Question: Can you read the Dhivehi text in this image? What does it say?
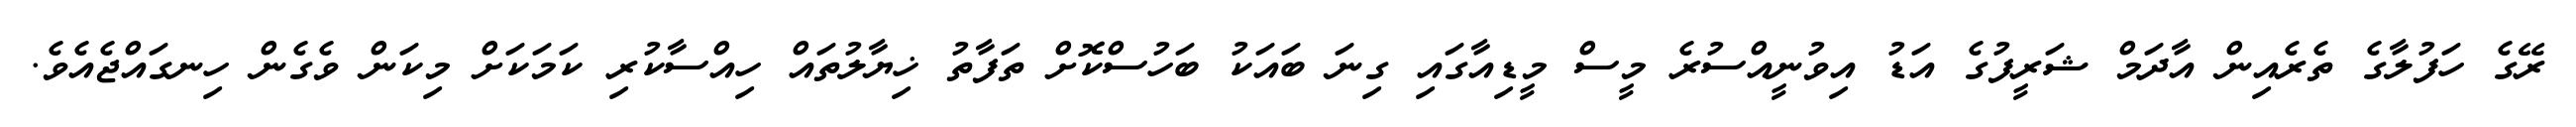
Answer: ރޭގެ ހަފުލާގެ ތެރެއިން އާދަމް ޝަރީފުގެ އަޑު އިވުނީއްސުރެ މީސް މީޑިއާގައި ގިނަ ބައަކު ބަހުސްކޮށް ތަފާތު ޚިޔާލުތައް ހިއްސާކުރި ކަމަކަށް މިކަން ވެގެން ހިނގައްޖެއެވެ.